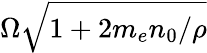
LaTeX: \Omega\sqrt{1+2m_{e}n_{0}/\rho}